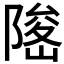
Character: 𨻅